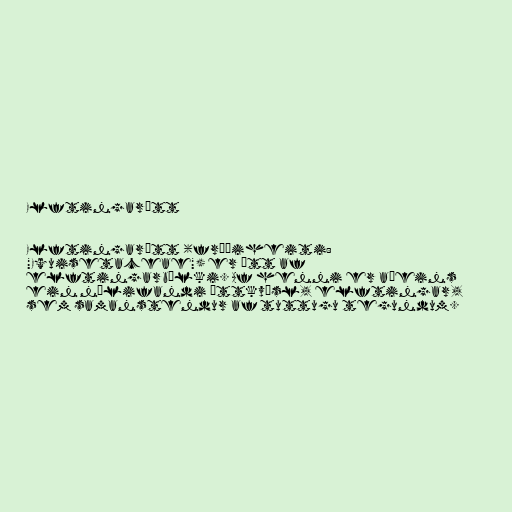
Elftingarætt

Elftingarætt (fræðiheiti:
"Equisetaceae") er ætt af
elftingarbálki. Af henni er aðeins
ein núlifandi ættkvísl, elftingar,
sem samanstendur af tuttugu tegundum.